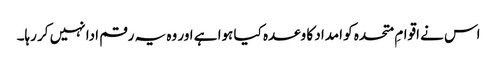
اس نے اقوامِ متحدہ کو امداد کا وعدہ کیا ہوا ہے اور وہ یہ رقم ادا نہیں کر رہا۔